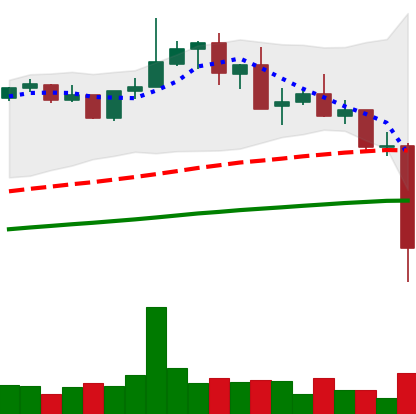
Ticker: XMR-USD
Chart end date: 2021-05-19
Forward return: 27.667%
Label: up_7plus